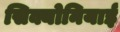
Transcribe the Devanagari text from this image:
सिक्योनियाई